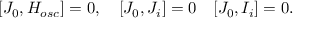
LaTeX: [ { \cal J } _ { 0 } , H _ { o s c } ] = 0 , \quad [ { \cal J } _ { 0 } , { \cal J } _ { i } ] = 0 \quad [ { \cal J } _ { 0 } , { \cal I } _ { i } ] = 0 .